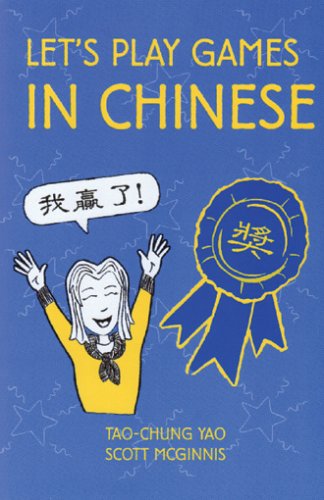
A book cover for Let's Play Games in Chinese; Tao-chung Yao; Humor & Entertainment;